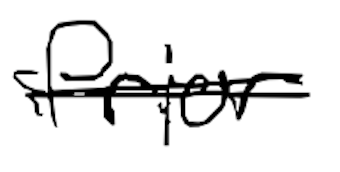
Text: Prior
Cross-out: single-line
Writing tool: digital_black